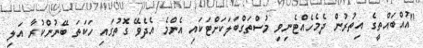
"އުއްބައްތީގެ އިތުރުން ދެމެހެއްޓެނިވި މުސްތަގްބަލަކަށްޓަކައި އެންމެ އެދެވޭ ގޮތުގައި ހަކަތަ ބޭނުންކުރާ އަލި